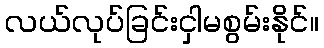
လယ်လုပ်ခြင်းငှါမစွမ်းနိုင်။